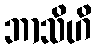
ဘာသိဟိ